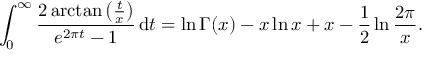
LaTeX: \int _ { 0 } ^ { \infty } { \frac { 2 \arctan \left( { \frac { t } { x } } \right) } { e ^ { 2 \pi t } - 1 } } \, \mathrm { { d } } t = \ln \Gamma ( x ) - x \ln x + x - { \frac { 1 } { 2 } } \ln { \frac { 2 \pi } { x } } .